Report on sanitation, dispensaries, and jails in Rajputana for 1914, and on vaccination for the year 1914-1915 - 1914-1915
Year: 1914
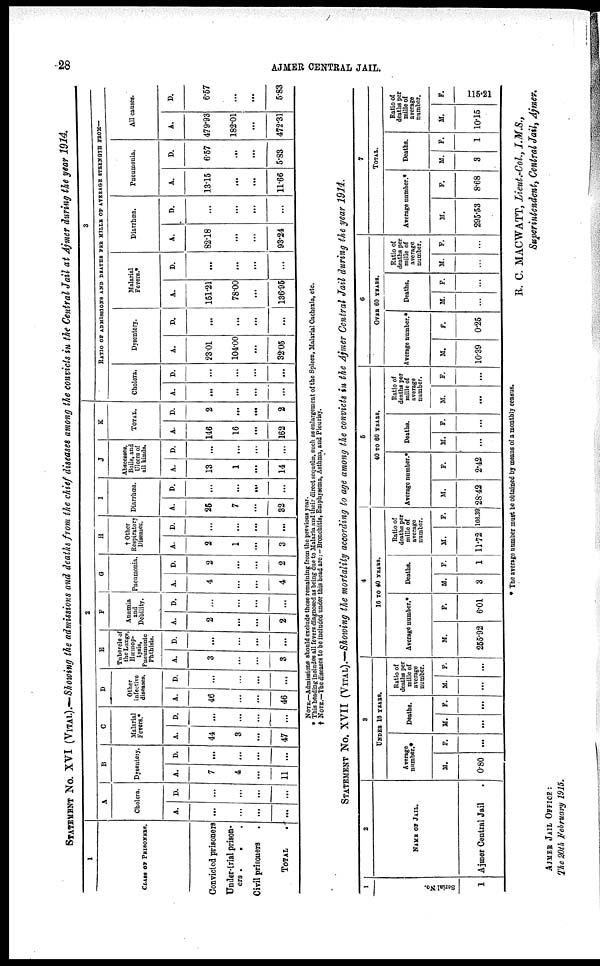
28
AJMER CENTRAL JAIL.
STATEMENT No. XVI (VITAL).—Showing the admissions and deaths from the chief diseases among the convicts in the Central Jail at Ajmer during the year 1914.
1
CLASS OF PRISONERS.
Convicted prisoners
Under-trial prison-
ers .
.
Civil prisoners .
TOTAL .
2
A
Cholera.
A.
...
...
...
...
D.
...
...
...
...
B
Dysentery.
A.
7
4
...
11
D.
...
...
...
...
C
Malarial
Fevers.*
A.
44
3
...
47
D.
...
...
...
...
D
Other
infective
diseases.
A.
46
...
...
46
D.
...
...
...
...
E
Tubercle of
the Lungs,
Hæmop-
tysis,
Pneumonic
Phthisis.
A.
3
...
...
3
D.
...
...
...
...
F
Anæmia
and
Debility.
A.
2
...
...
2
D.
...
...
...
...
G
Pneumonia.
A.
4
...
...
4
D.
2
...
...
2
H
† Other
Respiratory
Diseases.
A.
2
1
...
3
D.
...
...
...
...
I
Diarrhœa.
A.
25
7
...
32
D.
...
...
...
...
J
Abscesses,
Boils, and
Ulcers of
all kinds.
A.
13
1
...
14
D.
...
...
...
...
K
TOTAL.
A.
146
16
...
162
D.
2
...
...
2
3
RATIO OF ADMISSIONS AND DEATHS PER MILLE OF AVERAGE STRENGTH FROM—
Cholera.
A.
...
...
...
...
D.
...
...
...
...
Dysentery.
A.
23.01
104.00
...
32.05
D.
...
...
...
...
Malarial
Fevers.*
A.
151.21
78.00
...
136.95
D.
...
...
...
...
Diarrhœa.
A.
82.18
...
...
93.24
D.
...
...
...
...
Pneumonia.
A.
13.15
...
...
11.66
D.
6.57
...
...
5.83
All causes.
A.
479.93
182.01
...
472.31
D.
6.57
...
...
5.83
NOTE.—Admissions should exclude those remaining from the previous year.
* This heading includes all fevers diagnosed as being due to Malaria and their direct sequoias, such as enlargement of the Spleen, Malarial Cachexia, etc.
† NOTE.—The diseases to be included under this head are:— Bronchitis, Emphysema, Asthma, and Pleurisy.
STATEMENT No. XVII (VITAL).—Showing the mortality according to age among the convicts in the Ajmer Central Jail during the year 1914.
1
Serial No.
1
2
NAME OF JAIL.
Ajmer Central Jail
3
UNDER 16 YEARS.
Average
number.*
M.
0.80
F.
...
Deaths.
M.
...
F.
...
Ratio of
deaths per
mille of
average
number.
M.
...
F.
...
4
16 TO 40 YEARS.
Average number.*
M.
255.92
F.
6.01
Deaths.
M.
3
F.
1
Ratio of
deaths per
mille of
average
number.
M.
11.72
F.
166.30
5
40 TO 60 YEARS.
Average number.*
M.
28.42
F.
2.42
Deaths.
M.
...
F.
...
Ratio of
deaths per
mille of
average
number.
M.
...
F.
...
6
OVER 60 YEARS.
Average number.*
M.
10.39
F.
0.25
Deaths.
M.
...
F.
...
Ratio of
deaths per
mille of
average
number.
M.
...
F.
...
7
TOTAL.
Average number.*
M.
295.53
F.
8.68
Deaths.
M.
3
F.
1
Ratio of
deaths per
mille of
average
number.
M.
10.15
F.
115.21
* The average number must be obtained by means of a monthly census.
R. C. MACWATT, Lieut.-Col., I.M.S.,
Superintendent, Central Jail, Ajmer,
AIMER JAIL OFFICE :
The 20th February 1915.